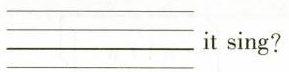
___it sing?